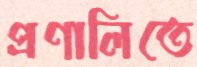
প্রণালিতে